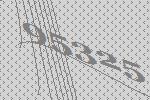
95325